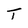
Character: T